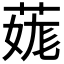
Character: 𦳨